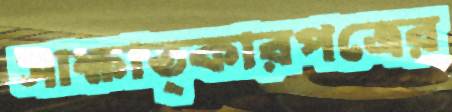
সাক্ষাত্কারপত্রের